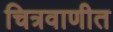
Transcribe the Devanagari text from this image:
चित्रवाणीत